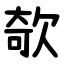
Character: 欹